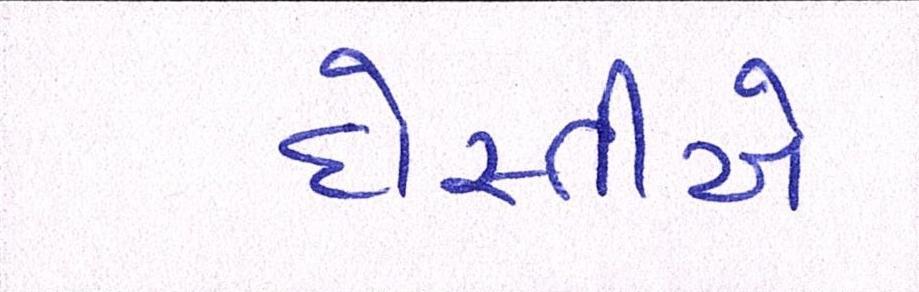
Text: દોસ્તીએ